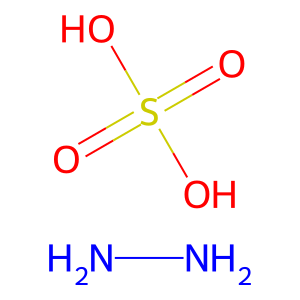
SMILES: NN.O=S(=O)(O)O
Inhibits HIV replication: No